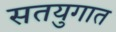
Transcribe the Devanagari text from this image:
सतयुगात